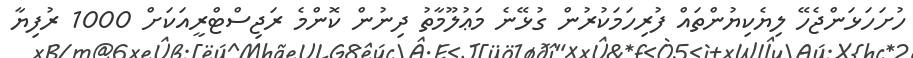
ހުށަހަޅަންޖެހޭ ލިޔެކިޔުންތައް ފުރިހަމަކުރުން ގުޅޭނެ މަޢުލޫމާތު ދިނުން ކޮންމެ ރަޖިސްޓްރީއަކަށް 1000 ރުފިޔާ